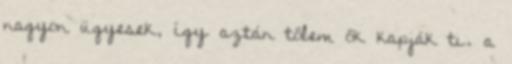
nagyon ügyesek, így aztán tőlem ők kapják ti. a